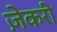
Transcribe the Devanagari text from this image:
ज़ेकरी